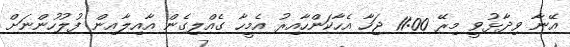
އޭނާ ވިދާޅުވީ މިރޭ 11:00 ޖަހާ އެހާކަންހާއިރު އެމީހާ ގެއްލިގެން އާއިލާއިން ފުލުހުންނަށް